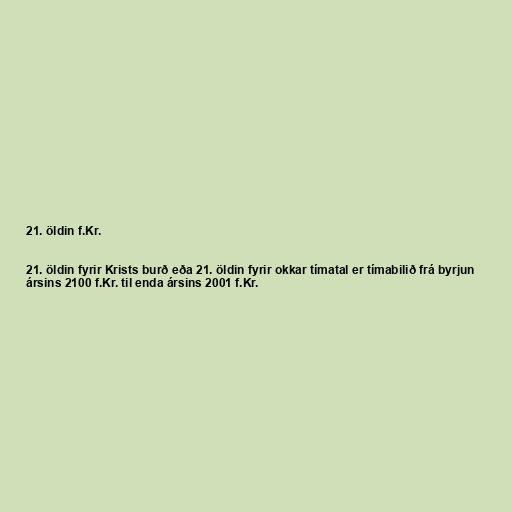
21. öldin f.Kr.

21. öldin fyrir Krists burð eða 21. öldin fyrir okkar tímatal er tímabilið frá byrjun
ársins 2100 f.Kr. til enda ársins 2001 f.Kr.